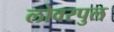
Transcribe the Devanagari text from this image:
लोवरपुल